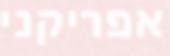
אפריקני